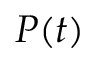
P ( t )